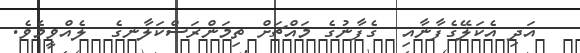
އަދި އެކަލޭގެފާނާއި  ގެފާނުގެ މައްޗަށް ތިމަންރަސްކަލާނގެ  ލެއްވީމެވެ.